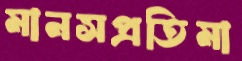
মানসপ্রতিমা